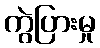
ကွဲပြားမှု